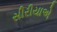
સીરીયાએ